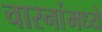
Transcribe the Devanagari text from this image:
चारनांमध्ये